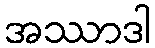
အဿာဒါ